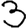
Digit: 3